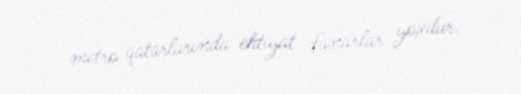
metro qatarlarında ehtiyat fanarlar yoxdur.